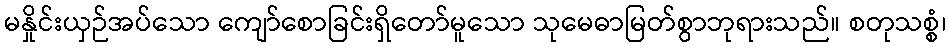
မနှိုင်းယှဉ်အပ်သော ကျော်စောခြင်းရှိတော်မူသော သုမေဓာမြတ်စွာဘုရားသည်။ စတုသစ္စံ၊